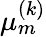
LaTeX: \mu_{m}^{(k)}